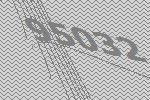
95032